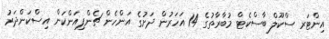
އިންޓަރ ސްކޫލް ބާސްކެޓް މުބާރާތުގެ 14 އަހަރުން ދަށުގެ އަންހެން ޗެންޕިއަންކަން އިސްކަންދަރު